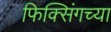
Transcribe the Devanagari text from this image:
फिक्सिंगच्या